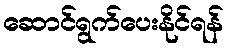
ဆောင်ရွက်ပေးနိုင်ရန်